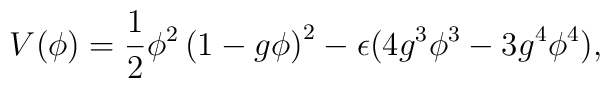
V (\phi) = {1 \over 2} \phi^2 \left(1 - g\phi\right)^2- \epsilon (4 g^3 \phi^3 - 3 g^4 \phi^4) ,